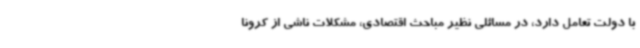
با دولت تعامل دارد، در مسائلی نظیر مباحث اقتصادی، مشکلات ناشی از کرونا